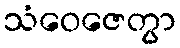
သံဝေဇေတွာ